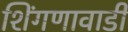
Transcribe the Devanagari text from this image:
शिंगणावाडी